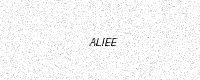
Text: ALIEE